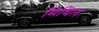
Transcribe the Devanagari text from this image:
मिथिल